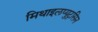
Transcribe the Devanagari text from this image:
मिथाइलप्युट्रसिन